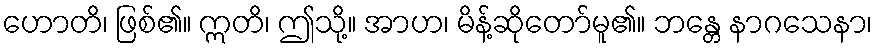
ဟောတိ၊ ဖြစ်၏။ ဣတိ၊ ဤသို့။ အာဟ၊ မိန့်ဆိုတော်မူ၏။ ဘန္တေ နာဂသေနာ၊